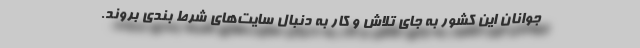
جوانان این کشور به جای تلاش و کار به دنبال سایت‌های شرط بندی بروند.